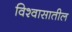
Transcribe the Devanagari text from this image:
विश्‍वासातील